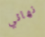
نهائي